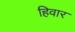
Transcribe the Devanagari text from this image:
हिवार